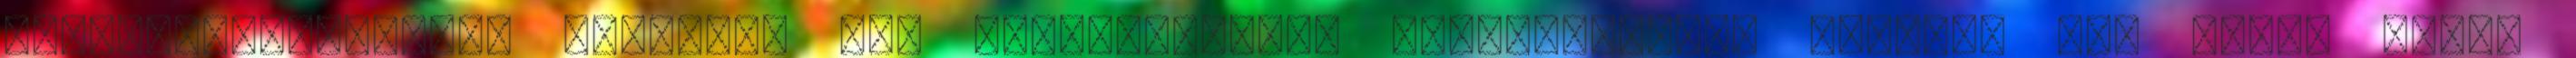
használhatóságának kérdései II. Észak-Alföldi Önkormányzati Energia Nap Buday Tamás